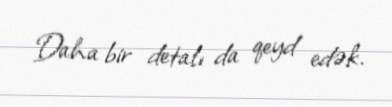
Daha bir detalı da qeyd edək.